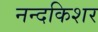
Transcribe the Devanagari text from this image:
नन्दकिशर